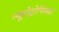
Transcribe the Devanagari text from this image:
न्यूरोट्रोपिक्स